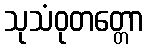
သုသံဝုတတ္တော